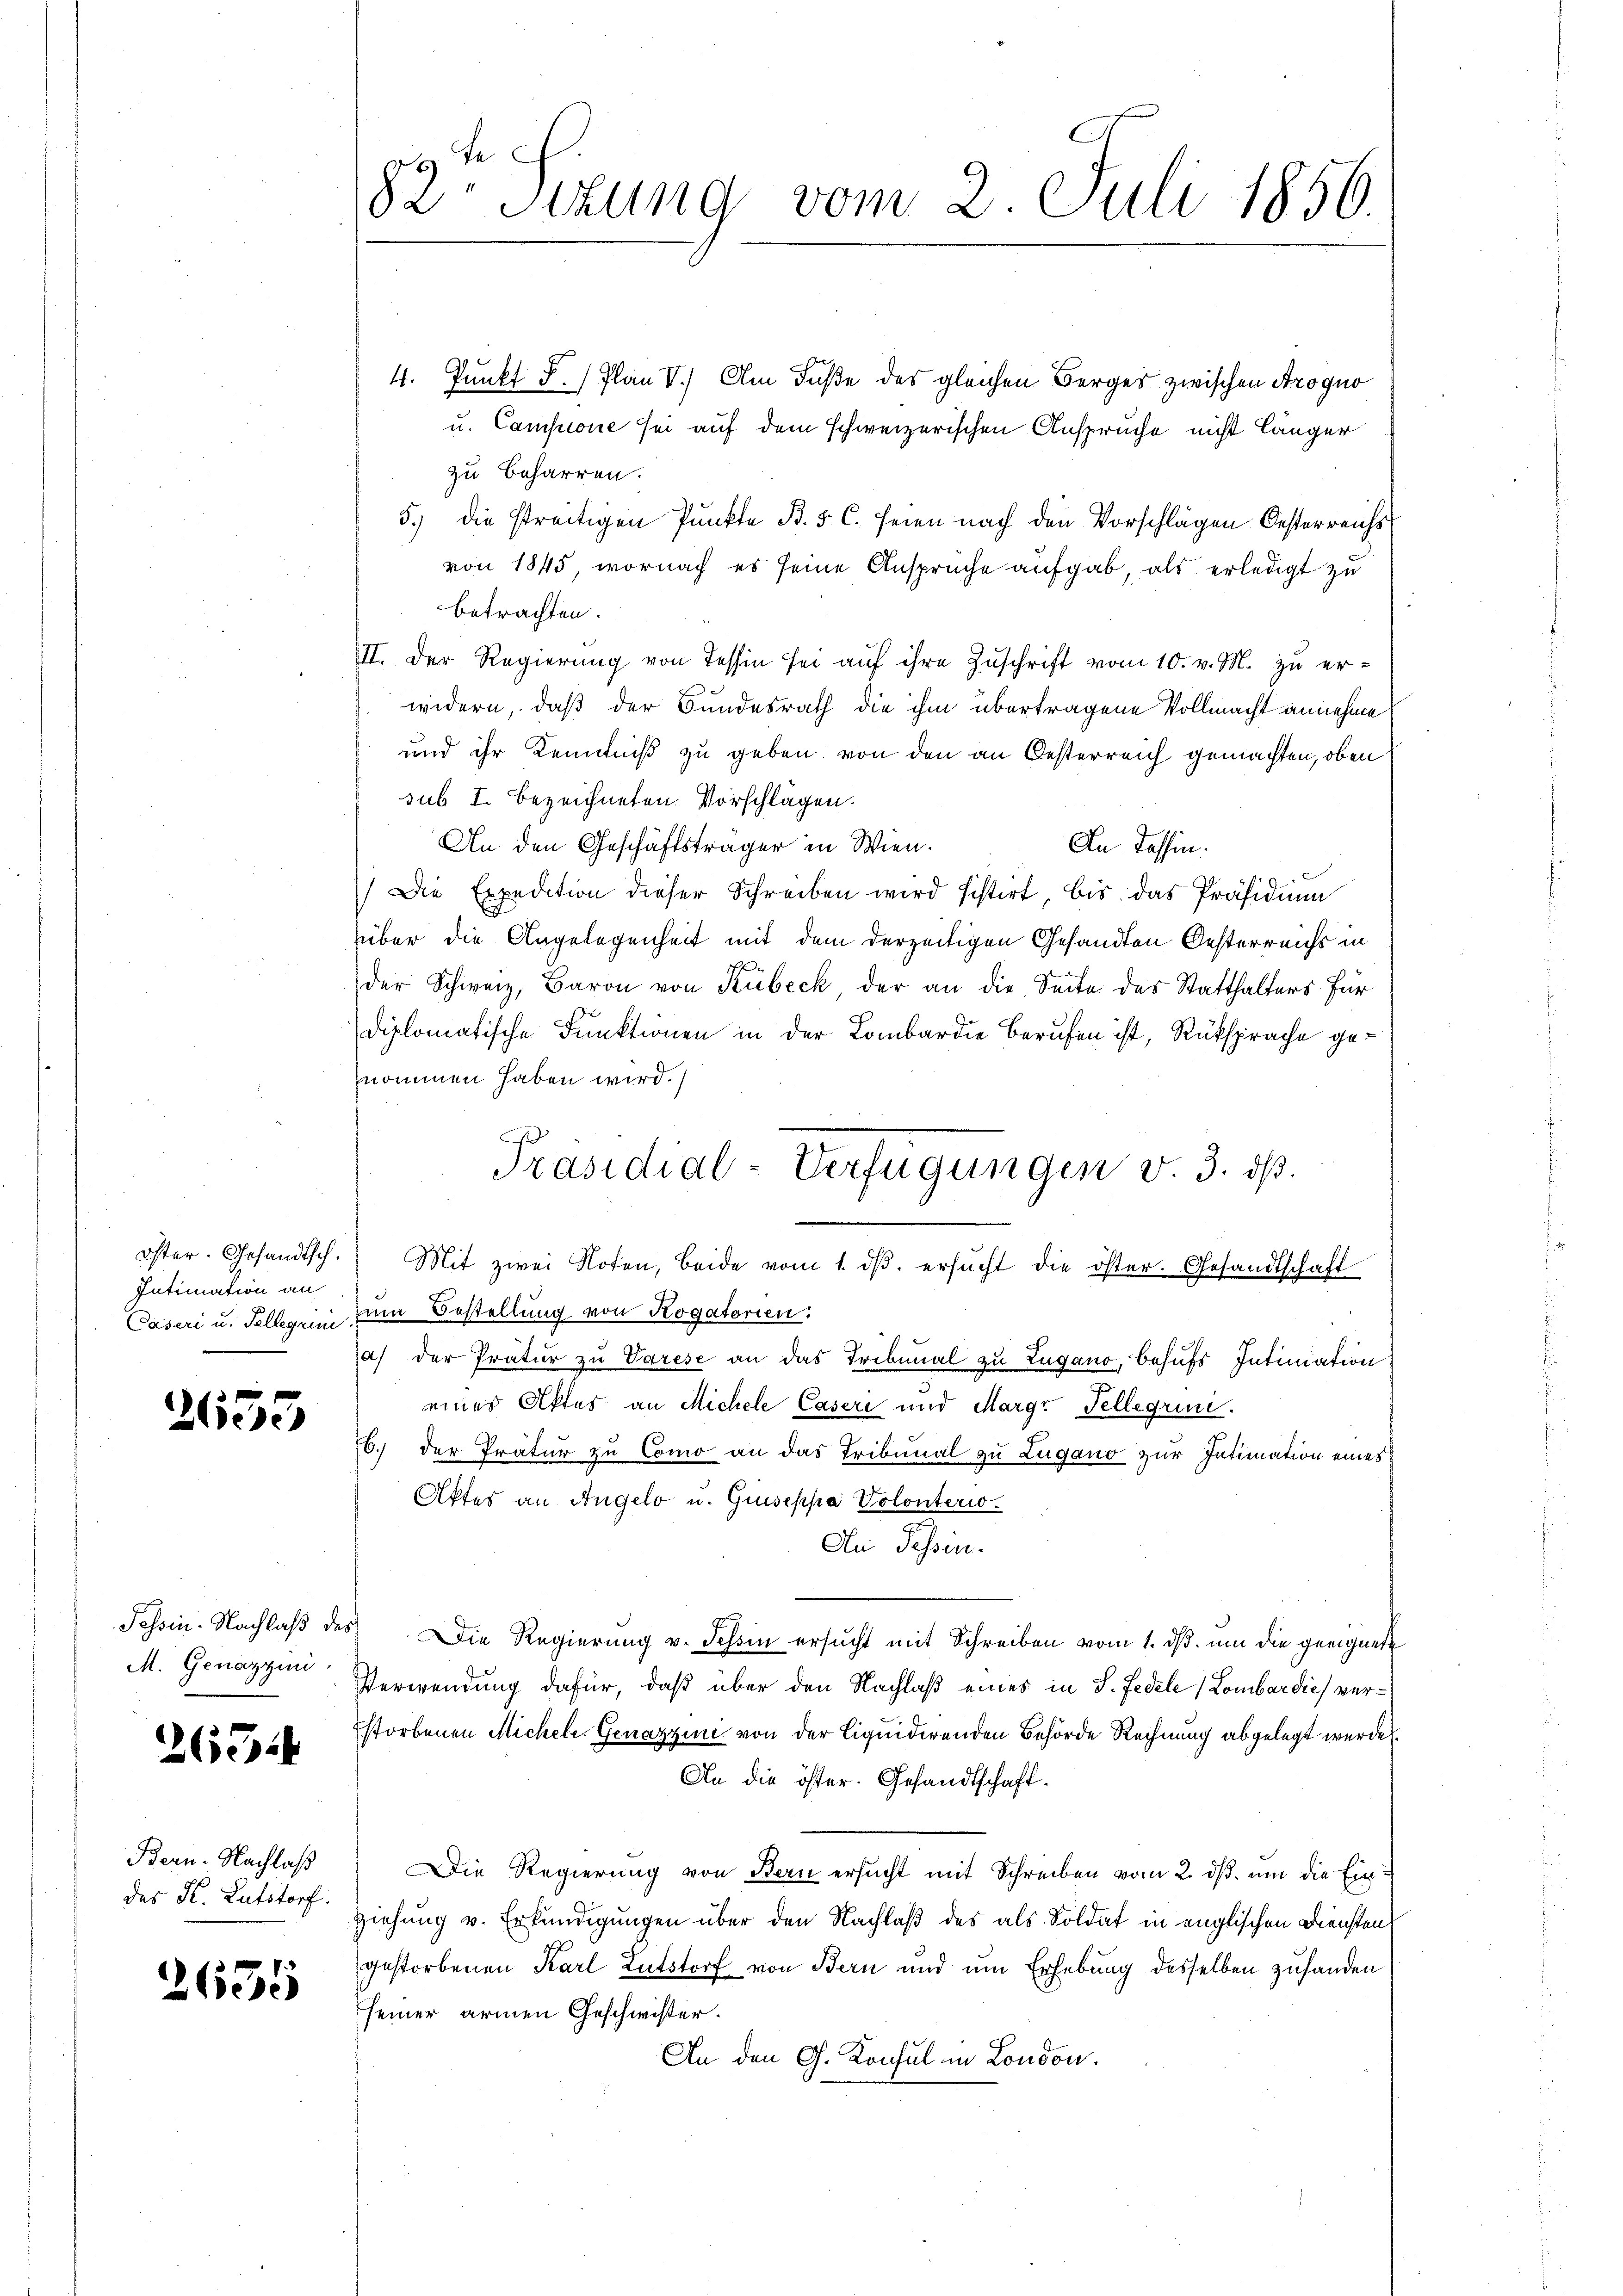
Intimation an

2653

M. Genazzini

2634

Bern. Nachlaß
des Hl. Lutstorf.

2655

82te Sizung vom 2. Juli 1856.

4. Punkt F. Plan V.) Am Fuße des gleichen Berger zwischen Progno
u. Campione sei auf dem schweizerischen Anspruche nicht länger
zu beharren.
5.) die streitigen Punkte B. 5. C. seien nach den Vorschlägen Oesterreichs
von 1845, wornach es seine Ansprüche aufgab, als erledigt zu
betrachten.
II. Der Regierŭng von Tessin sei aŭf ihre Zuschrift vom 10. v. M. zu er-
widern, daß der Bundesrath die ihm übertragene Vollmacht annehme
und ihr Kenntniß zu geben, von den an Oesterreich gemachten, oben
sub I. bezeichneten. Vorschlägen.
An den Geschäftsträger in Wien.
An Tessin.
Die Expedition dieser Schreiben wird sistirt, bis das Präsidium
über die Angelegenheit mit dem derzeitigen Gesandten Oesterreichs in
der Schweiz, Baron von Kübeck der an die Seite des Statthalters für
diplomatische Funktionen in der Lombardie Berufen ist, Rüksprache genommen haben wird.
öster. Gesandtsch. Mit zwei Noten, beide vom 1. dβ. ersŭcht die öster. Gesandtschaft
Caseri u. Tellegii zum Bestellung von Rogatorien.
a) der Pratur zu Varese an das Tribunal zu Lugano, behufs Intimation
eines Aktes an Michele Caseri und Margr-Fellegii.
6.) der Tratur zu Como an das Tribunal zu Lugano zur Intimation eines
Aktes an Angelo u. Guseppa Volonterio¬
An Pessen.
Tessin. Nachlaβ des Die Regierung v. Tessin ersucht mit Schreiben vom 1. ds. um die geeignete
Verwendung dafür, daß über den Nachlaß eines in S. Fedele (Lombardie verstorbenen Michele Genazzini von der Liquidirenden Behörde Rechnung abgelegt werde
An die öster. Gesandtschaft.
Die Regierung von Bern ersucht mit Schreiben vom 2. dß. um die Einziehung v. Erkundigungen über den Nachlaß des als Soldat in englischen Diensten
gestorbenen Karl Lutstorf von Bern und um Erhebung desselben zuhanden
seiner armen Geschwister.
An den G. Konsul in London.

Präsidial-Verfügungen v. 3. ds.